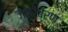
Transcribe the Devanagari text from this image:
जठरब्रण